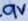
Text: 9V